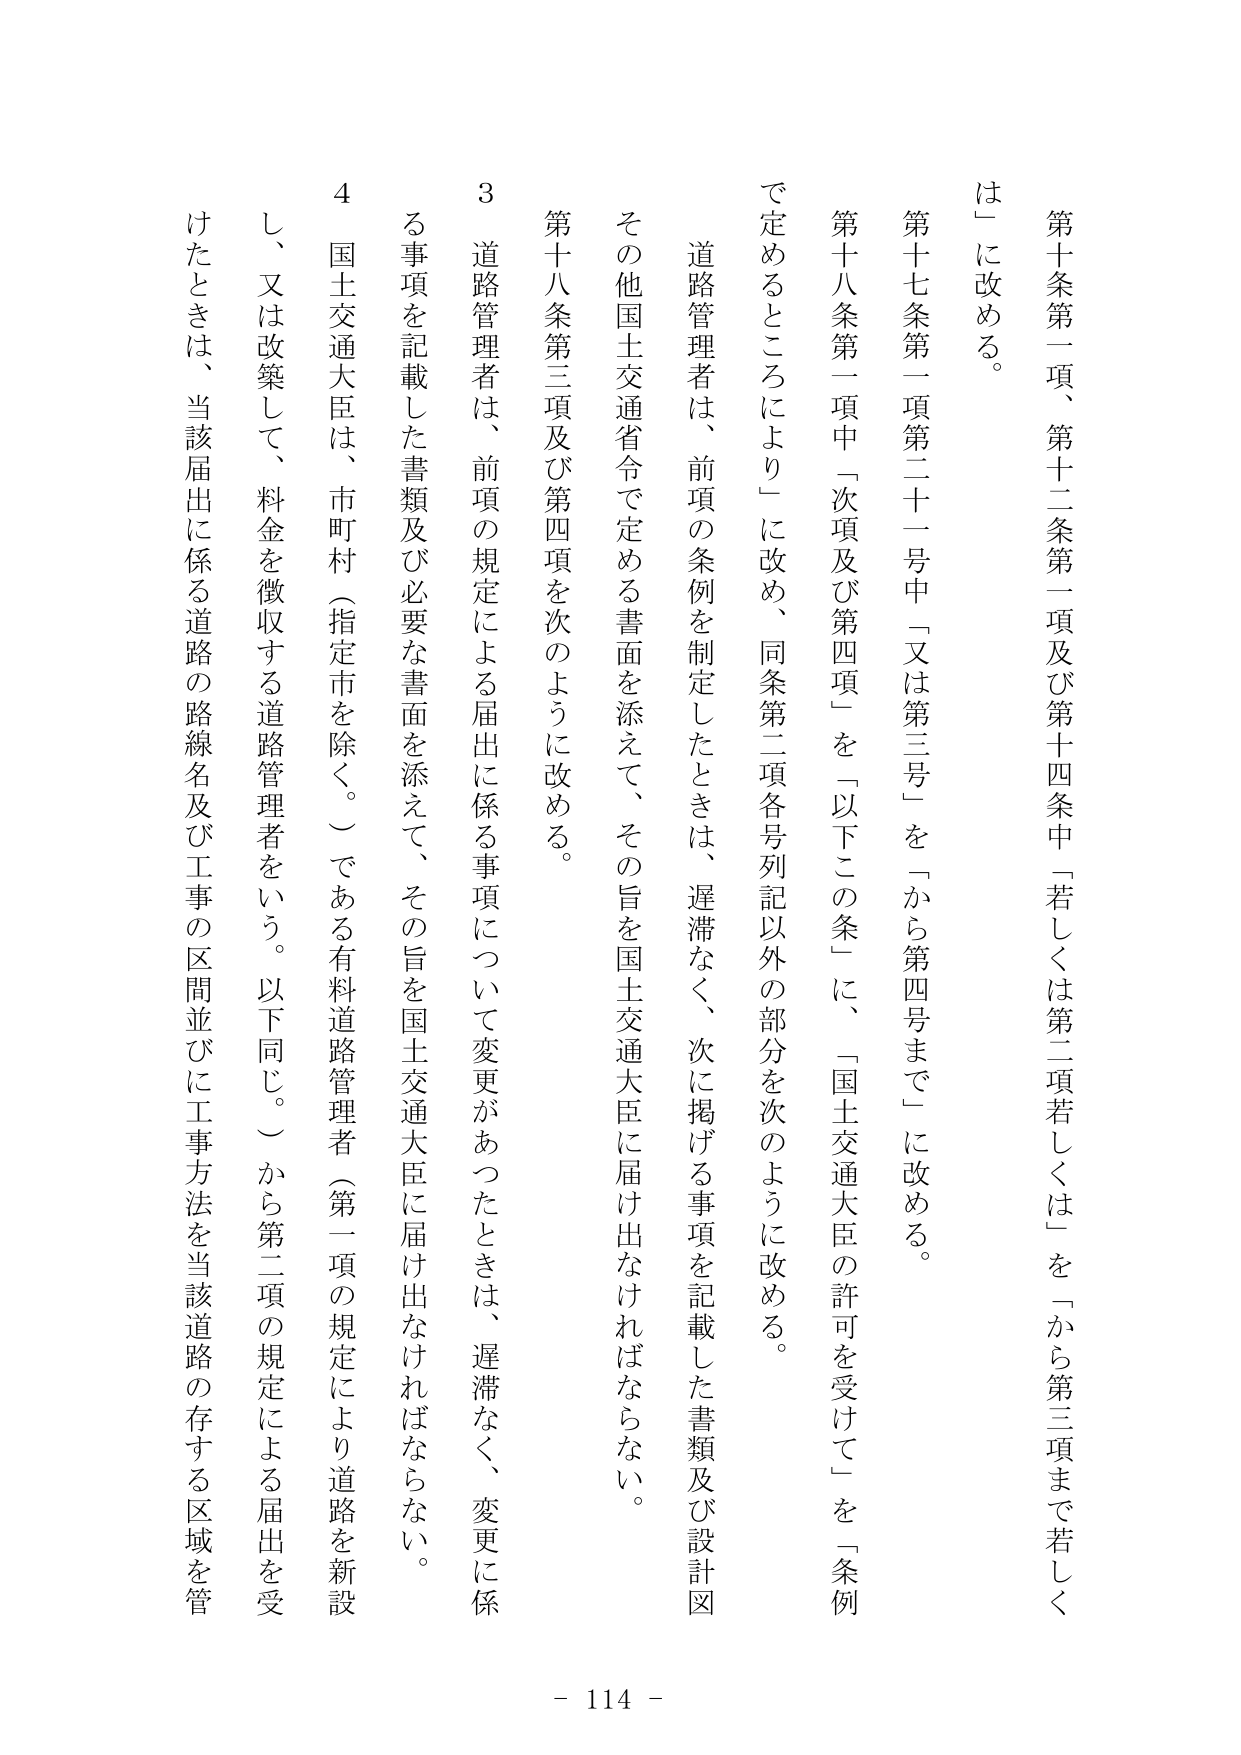
第十条第一項、第十二条第一項及び第十四条中「若しくは第二項若しくは」を「から第三項まで若しくは」に改める。

第十七条第一項第二十一号中「又は第三号」を「から第四号まで」に改める。

第十八条第一項中「次項及び第四項」を「以下この条」に、「国土交通大臣の許可を受けて」を「条例で定めるところにより」に改め、同条第二項各号列記以外の部分を次のように改める。

道路管理者は、前項の条例を制定したときは、遅滞なく、次に掲げる事項を記載した書類及び設計図その他国土交通省令で定める書面を添えて、その旨を国土交通大臣に届け出なければならない。

第十八条第三項及び第四項を次のように改める。

3 道路管理者は、前項の規定による届出に係る事項について変更があったときは、遅滞なく、変更に係る事項を記載した書類及び必要な書面を添えて、その旨を国土交通大臣に届け出なければならない。

4 国土交通大臣は、市町村（指定市を除く。）である有料道路管理者（第一項の規定により道路を新設し、又は改築して、料金を徴収する道路管理者をいう。以下同じ。）から第二項の規定による届出を受けたときは、当該届出に係る道路の路線名及び工事の区間並びに工事方法を当該道路の存する区域を管

- 114 -